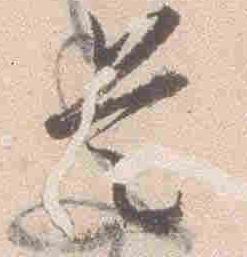
是